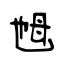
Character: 乸